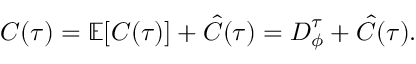
\boldsymbol { C } ( \tau ) = \mathbb { E } [ \boldsymbol { C } ( \tau ) ] + \boldsymbol { \hat { C } } ( \tau ) = \boldsymbol { D } _ { \phi } ^ { \tau } + \boldsymbol { \hat { C } } ( \tau ) .